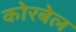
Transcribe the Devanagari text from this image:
कोरबेल